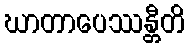
ဃာတာပေဿန္တီတိ